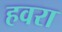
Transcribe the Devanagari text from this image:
हवरा